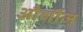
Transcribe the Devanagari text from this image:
और्गीज